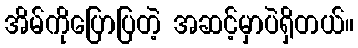
အိမ်ကိုပြောပြတဲ့ အဆင့်မှာပဲရှိတယ်။